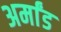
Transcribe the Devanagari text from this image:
अर्मांड